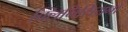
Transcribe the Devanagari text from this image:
क्लिनिसियनों